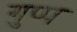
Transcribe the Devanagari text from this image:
गुप्प